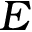
E